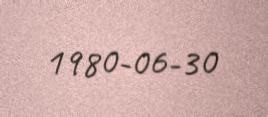
1980-06-30